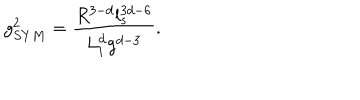
g _ { S Y M } ^ { 2 } = \frac { R ^ { 3 - d } l _ { s } ^ { 3 d - 6 } } { L _ { i } ^ { d } g ^ { d - 3 } } .